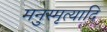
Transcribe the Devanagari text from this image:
मनुस्मृत्यादि